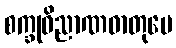
စက္ခုဝိညာဏဓာတုပေ